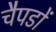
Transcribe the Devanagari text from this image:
चैपडों